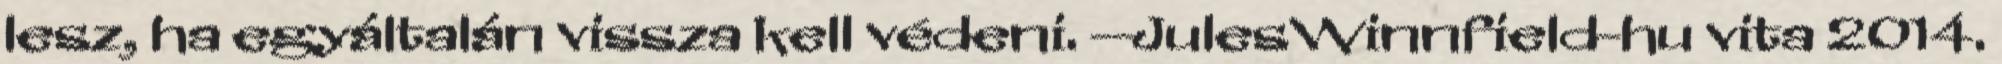
lesz, ha egyáltalán vissza kell védeni. --JulesWinnfield-hu vita 2014.